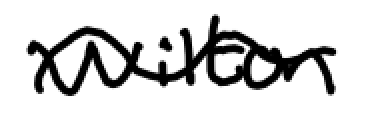
Text: Wilton
Cross-out: wave
Writing tool: digital_black